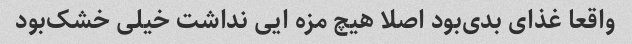
واقعا غذای بدی‌بود اصلا هیچ مزه ایی نداشت خیلی خشک‌بود